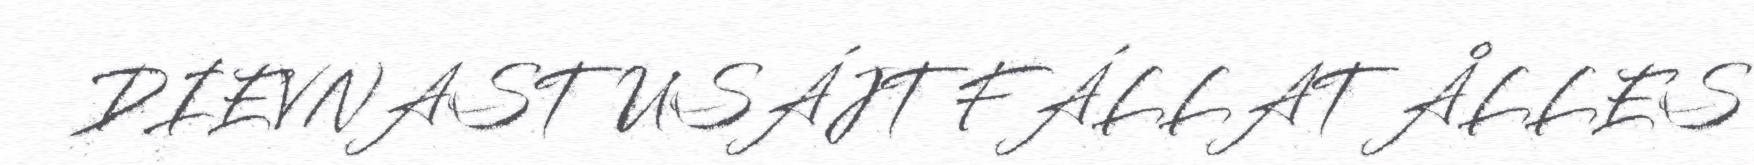
DIEVNASTUSÁJT FÁLLAT ÅLLES